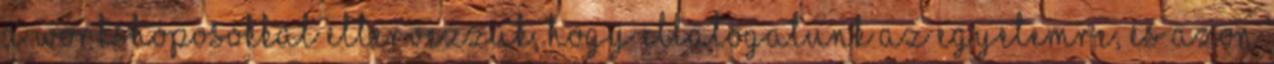
A workshoposokkal eltervezzük, hogy ellátogatunk az egyetemre, és azon